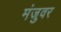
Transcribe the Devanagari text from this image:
मंजुवर